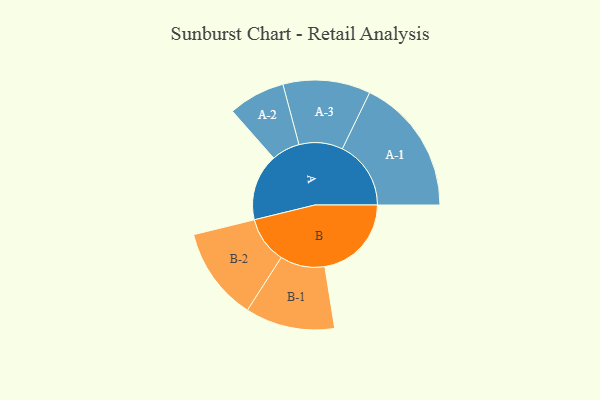
{"axis": {"x": "Segment", "y": "Value"}, "legend": ["", "A", "B"], "data": [{"x": "A", "y": 252, "type": ""}, {"x": "B", "y": 327, "type": ""}, {"x": "A-1", "y": 259, "type": "A"}, {"x": "A-2", "y": 107, "type": "A"}, {"x": "A-3", "y": 165, "type": "A"}, {"x": "B-1", "y": 169, "type": "B"}, {"x": "B-2", "y": 176, "type": "B"}]}